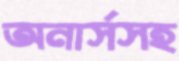
অনার্সসহ